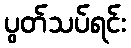
ပွတ်သပ်ရင်း